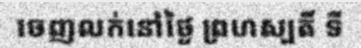
ចេញលក់នៅថ្ងៃ ព្រហស្បតិ៍ ទី